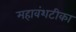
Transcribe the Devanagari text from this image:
महावंशटीका